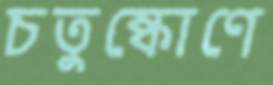
চতুষ্কোণে